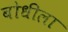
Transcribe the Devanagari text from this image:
बोधीला